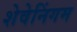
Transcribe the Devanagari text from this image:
शेवेनिंगम